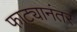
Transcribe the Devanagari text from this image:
फाट्यानंतर